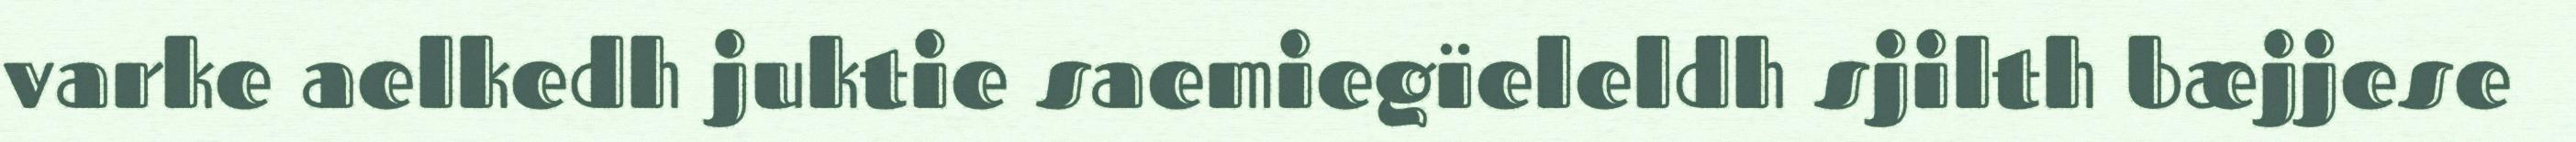
varke aelkedh juktie saemiegïeleldh sjilth bæjjese